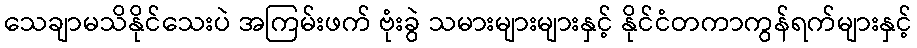
သေချာမသိနိုင်သေးပဲ အကြမ်းဖက် ဗုံးခွဲ သမားများများနှင့် နိုင်ငံတကာကွန်ရက်များနှင့်